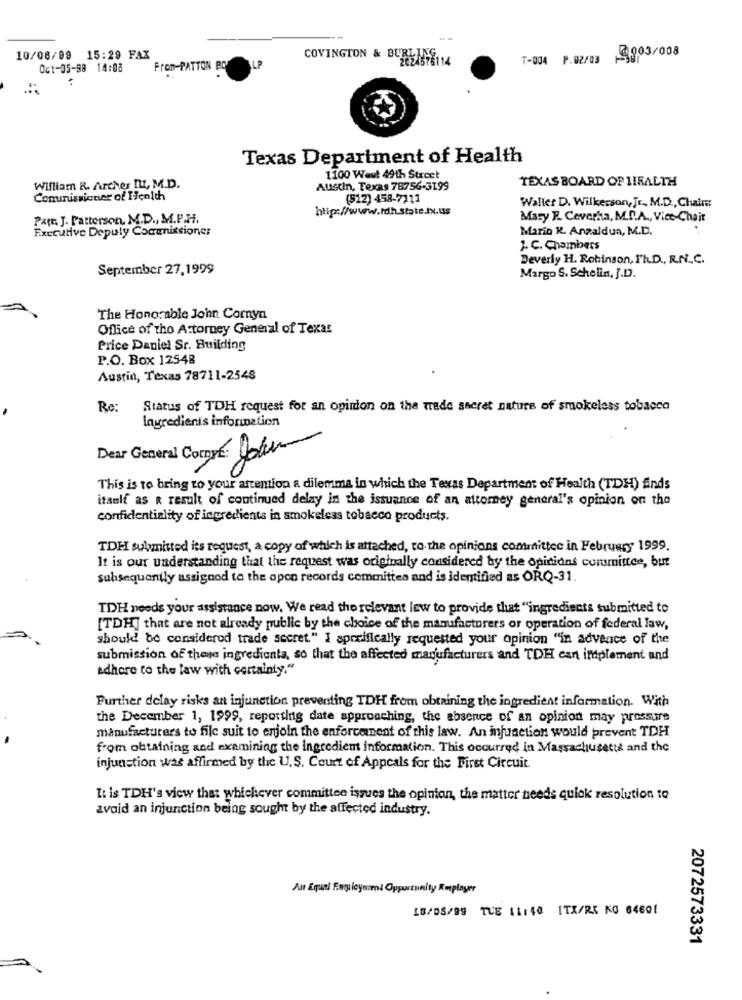
T-004 P.02/03 9003/008
10/06/99 15:29 FAX
COVINGTON & BURLING 14
Oct-05-98 14:08
From-PATTON PO
ALP
..
Texas Department of Health
1100 Weut 49th Street
TEXAS BOARD OP HIRALTH
William R. Archer II, M.D.
Austin, Texas 78756-3199
Commissioner of Health
(512) 458-7111
http://www.rdh.state.Ix.us
Waller D. Wilkerson, Jr ., M.D ., Chair
Patt. J. Patterson, M.D ., M.P.H.
Mary F. Coverha, M.D.A ., Vice-Chait
Executive Deputy Comenissioner
Mario K. Anzaldua, M.D.
J. C. Chambers
Beverly H. Robinson, Ph.D ., R.N.C.
September 27,1999
Margo S. Schelin, J.D.
The Honorable John Cornyn
Office of tho Attorney General of Texas
Price Daniel Sr. Building
P.O. Box 12548
Austin, Texas 78711-2548
Re:
Status of TDH request for an opinion on the trade secret nature of smokeless tobacco
Ingredients inforination
Dear General Compre: John
This is to bring to your attention a dilemma in which the Texas Department of Health (TDH) Ends
itaulf as a result of continued delay in the issuance of an attorney general's opinion on the
confidentiality of ingredients in smokeless tobacco products.
TDH submitted its request, a copy of which is attached, to the opinions committee in February 1999.
It is our understanding that the request was originally considered by the opinions committee, but
subsequently assigned to the apon records committee and is identified as ORQ-31.
TDH needs your assistance now. We read the relevant lew to provide that "ingredients submitted to
[TDH] that are not already public by the choice of the manufacturers or operation of federal law,
should be considered trade secret." I specifically requested your opinion "in advance of the
submission of these ingredients, so that the affected manufacturers and TDH can implement and
adhere to the law with certainty."
Further delay risks an injunction preventing TDH from obtaining the ingredient information. With
the December 1, 1999, reporting date approaching, the absence of an opinion may pressure
manufacturers to file suit to enjoin the enforcement of this law. An injunction would prevent TDH
from obtaining and examining the ingredient information. This occurred in Massachusetts and the
injunction was affirmed by the U. S. Court of Appeals for the First Circuit.
It is TDH's view that whichever committee issues the opinion, the matter needs quick resolution to
avoid an injunction being sought by the affected industry.
Jat Equal Esgicymmi Opportunity Employer
18/05/99 TUE 11148 ITX/RE KG 64601
2072573331